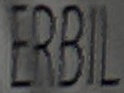
ERBIL